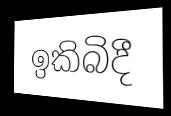
ඉකිබිදී